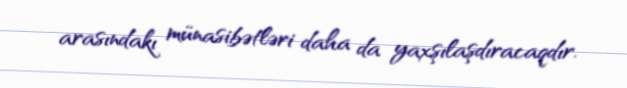
arasındakı münasibətləri daha da yaxşılaşdıracaqdır.